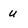
Character: u